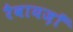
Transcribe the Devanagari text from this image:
रैवायज़ाँ